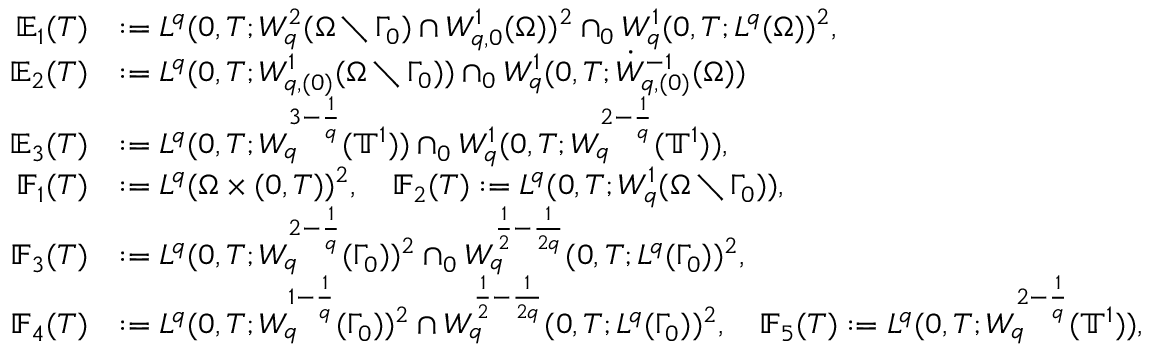
\begin{array} { r l } { \mathbb { E } _ { 1 } ( T ) } & { : = L ^ { q } ( 0 , T ; W _ { q } ^ { 2 } ( \Omega \setminus \Gamma _ { 0 } ) \cap W _ { q , 0 } ^ { 1 } ( \Omega ) ) ^ { 2 } \cap _ { 0 } W _ { q } ^ { 1 } ( 0 , T ; L ^ { q } ( \Omega ) ) ^ { 2 } , } \\ { \mathbb { E } _ { 2 } ( T ) } & { : = L ^ { q } ( 0 , T ; W _ { q , ( 0 ) } ^ { 1 } ( \Omega \setminus \Gamma _ { 0 } ) ) \cap _ { 0 } W _ { q } ^ { 1 } ( 0 , T ; \dot { W } _ { q , ( 0 ) } ^ { - 1 } ( \Omega ) ) } \\ { \mathbb { E } _ { 3 } ( T ) } & { : = L ^ { q } ( 0 , T ; W _ { q } ^ { 3 - \frac 1 q } ( \ensuremath { \mathbb { T } } ^ { 1 } ) ) \cap _ { 0 } W _ { q } ^ { 1 } ( 0 , T ; W _ { q } ^ { 2 - \frac 1 q } ( \ensuremath { \mathbb { T } } ^ { 1 } ) ) , } \\ { \mathbb { F } _ { 1 } ( T ) } & { : = L ^ { q } ( \Omega \times ( 0 , T ) ) ^ { 2 } , \quad \mathbb { F } _ { 2 } ( T ) : = L ^ { q } ( 0 , T ; W _ { q } ^ { 1 } ( \Omega \setminus \Gamma _ { 0 } ) ) , } \\ { \mathbb { F } _ { 3 } ( T ) } & { : = L ^ { q } ( 0 , T ; W _ { q } ^ { 2 - \frac 1 q } ( \Gamma _ { 0 } ) ) ^ { 2 } \cap _ { 0 } W _ { q } ^ { \frac 1 2 - \frac 1 { 2 q } } ( 0 , T ; L ^ { q } ( \Gamma _ { 0 } ) ) ^ { 2 } , \quad } \\ { \mathbb { F } _ { 4 } ( T ) } & { : = L ^ { q } ( 0 , T ; W _ { q } ^ { 1 - \frac 1 q } ( \Gamma _ { 0 } ) ) ^ { 2 } \cap W _ { q } ^ { \frac 1 2 - \frac 1 { 2 q } } ( 0 , T ; L ^ { q } ( \Gamma _ { 0 } ) ) ^ { 2 } , \quad \mathbb { F } _ { 5 } ( T ) : = L ^ { q } ( 0 , T ; W _ { q } ^ { 2 - \frac 1 q } ( \ensuremath { \mathbb { T } } ^ { 1 } ) ) , } \end{array}